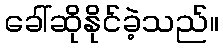
ခေါ်ဆိုနိုင်ခဲ့သည်။